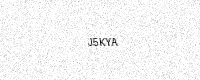
Text: J5KYA